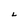
Character: L